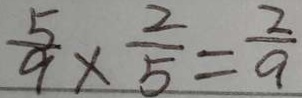
\frac { 5 } { 9 } \times \frac { 2 } { 5 } = \frac { 2 } { 9 }